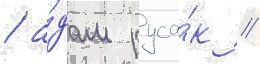
/ а́дам руса́к /